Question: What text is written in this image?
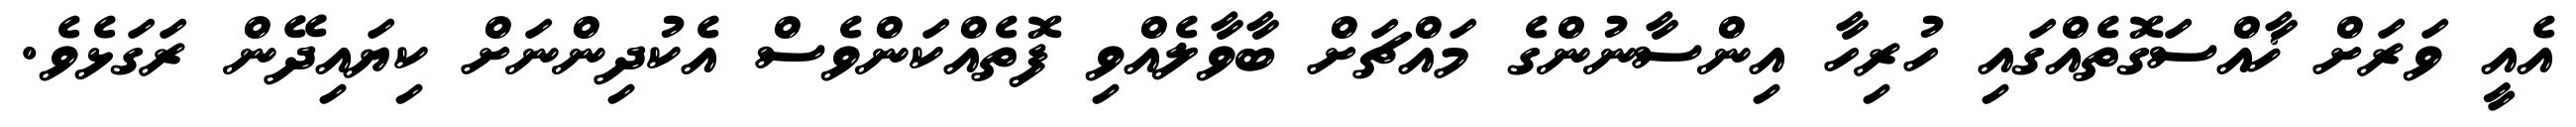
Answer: އެއީ ވަރަށް ޚާއްސަގޮތެއްގައި ހުރިހާ އިންސާނުންގެ މައްޗަށް ބާވާލެއްވި ފޮތެއްކަންވެސް އެކުދިންނަށް ކިޔައިދޭން ރަގަޅެވެ.